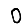
Digit: 0